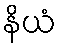
နိယံ